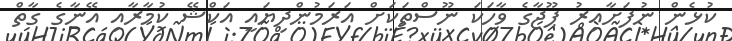
ކުޅެން ނުފަށާއިރު ޕޫޖާގެ ވާހަކަ ނޫސްތަކަށް އަރަމުންދިޔައީ އަކްޝޭ ކުމާރާއި އޭނާގެ ގާތް